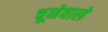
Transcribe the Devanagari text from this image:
चूनेवाले